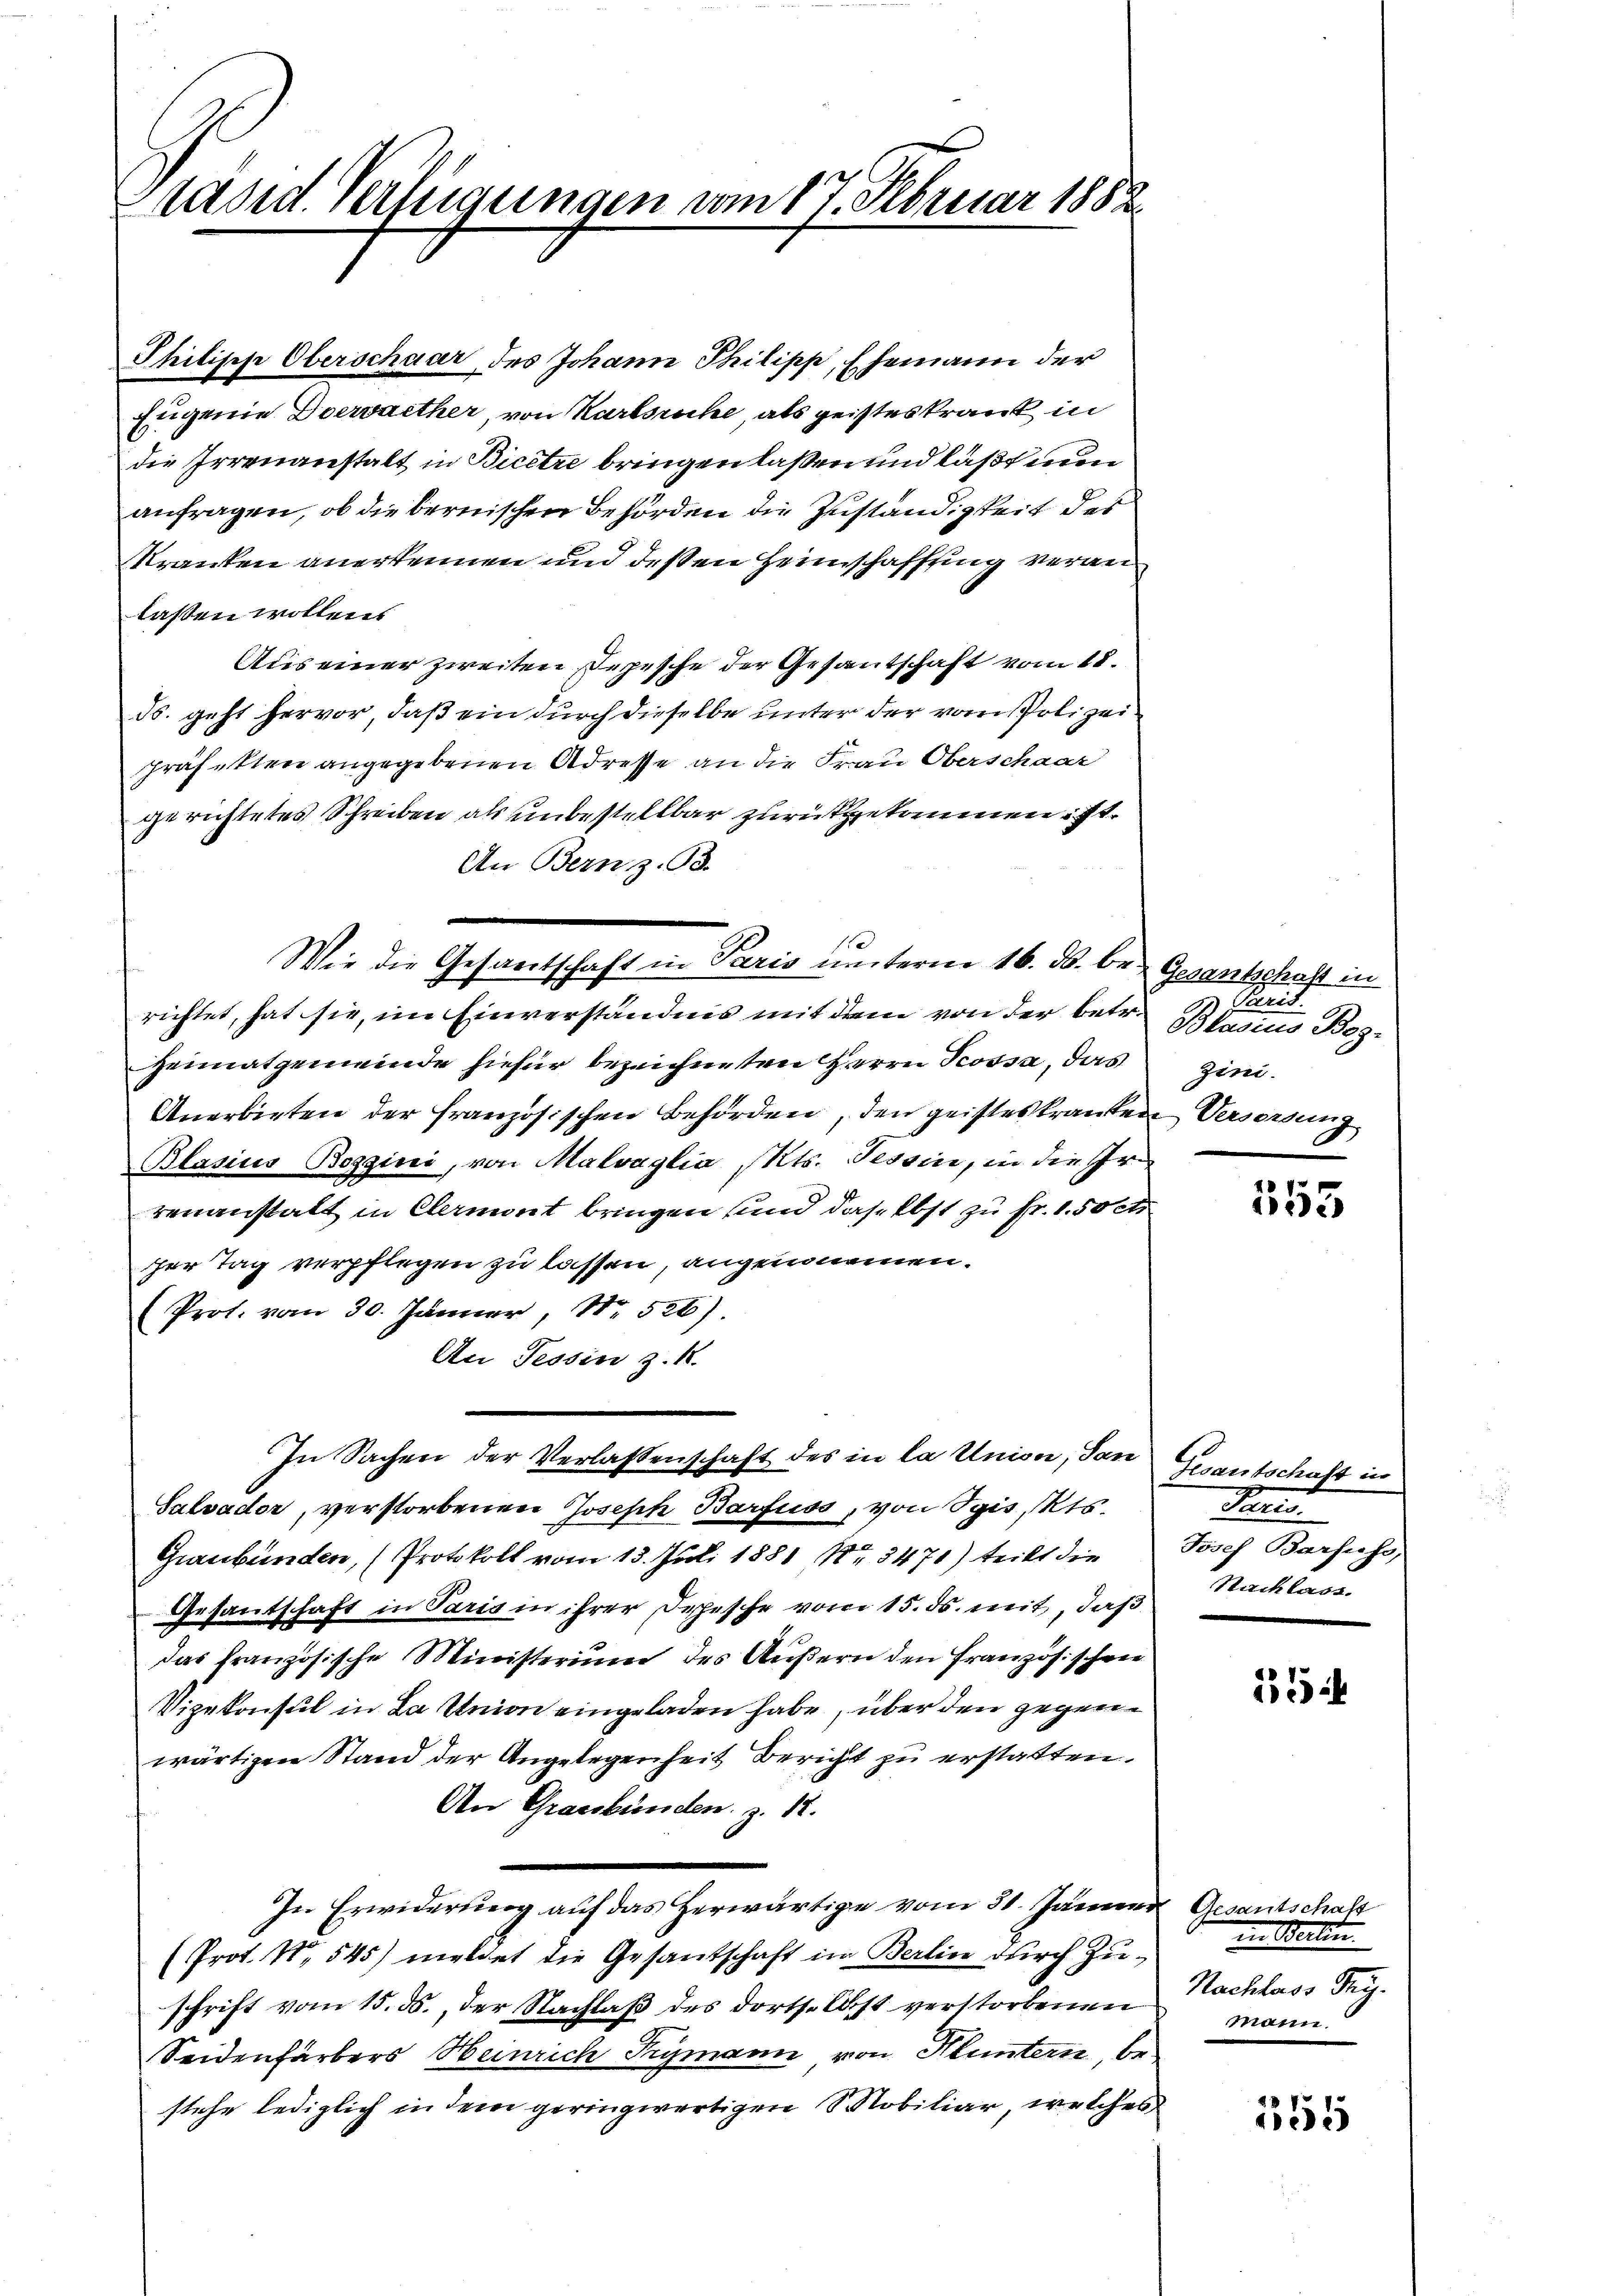
raord. Verfügungen vom 17. Februar 1882

Philipp Oberschaar, des Johann Philipp, Ehemann der
Eugenie verwalther, von Karlsruhe, als geisteskrant in
die Irrenanstalt in Bicetze bringen laßen und läßt nun
anfragen, ob die bernischen Behörden die Zuständigkeit des
Kranken anerkennen und deßen Heimschaffung veranlassen wollen.
Aus einer zweiten Depesche der Gesantschaft vom 18.
ds. geht hervor, daß ein durch dieselbe unter der vom Polizeipräfekten angegebenen Adresse an die Frau Oberschaar
gerichtetes Schreiben als unbestellbar zurückgekommen ist.
An Bern z. B.
richtet, hat sie, im Einverständnis mit dem von der betr.
Heimatgemeinde hiefür bezeichneten Herrn Jcossa, das zini¬
Anerbieten der französischen Behörden, den geisteskranten Versorgung
Blasius Boggini, von Malvaglia (Mts. Tessin, in die Irrenanstatt in Clemont bringen und daselbst zu Fr. 1.50 cts
ser Tag verpflegen zu lassen, angenommen.
(Prot. vom 30. Jänner, N. 526)
An Tessin z. B.
In Sachen der Verlassenschaft des in la Union, San Gesantschaft in
Salvador, verstorbenen Joseph Barfuss, von Spis, Kts.
Graubünden, (Protokoll vom 13. Juli 1881 Nr. 3471) teilt die
Gesantschaft in Paris in ihrer Depesche vom 15. ds. mit, daß
das französische Ministerium des Äußern den Französischen
Vizekonsul in La Union eingeladen habe, über den gegenwärtigen Stand der Angelegenheit Bericht zu erstatten.
An Graubünden z. 12.
In Erwiderung auf das Herwärtige vom 31. Jänne
(Prot. N. 545) meldet die Gesantschaft in Berlin durch Zuschrift vom 15. ds., der Nachlaß des dorts. Obst verstorbenen
Seidenfärbers Heinrich Frymann von Bluntern, bestehe lediglich in dem geringwärtigen Mobiliar, welches

Wie die Gesantschaft in Paris unterm 16. ds. be- Gesantschaft in

5) Paris.
Blasius Boz

555

Pani
Josef Barfuss,
Nachlass.

12

Gesantschaft
in Bertin
Nachlass Try.
mann.

355